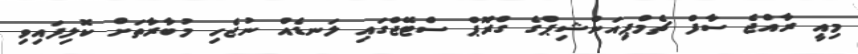
މިއީ ރާއްޖެ ސާފް ޗެމްޕިއަންޝިޕްގެ ގްރޫޕް ސްޓޭޖްގައި ލަނޑެއް ނުޖެހި މުބާރާތަށް ކޮލިފައިވި